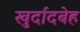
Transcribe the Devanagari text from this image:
खुर्दादबेह